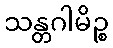
သန္တဂါမိဉ္စ